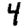
Digit: 4